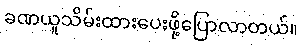
ခဏယူသိမ်းထားပေးဖို့ပြောလာတယ်။